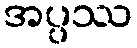
အပ္ပဿ